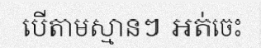
បើតាមស្មានៗ អត់ចេះ